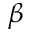
\beta